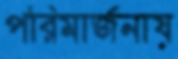
পরিমার্জনায়